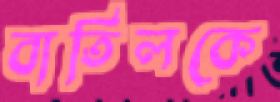
বাতিলকে